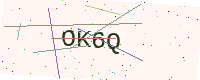
Text: OK6Q